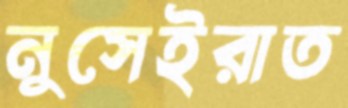
নুসেইরাত